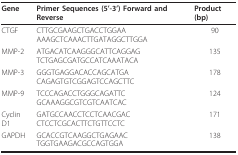
<table><thead><tr><td><b>Gene</b></td><td><b>Primer Sequences (5&#x27;-3&#x27;) Forward and Reverse</b></td><td><b>Product (bp)</b></td></tr></thead><tbody><tr><td>CTGF</td><td>CTTGCGAAGCTGACCTGGAAAAAGCTCAAACTTGATAGGCTTGGA</td><td>90</td></tr><tr><td>MMP-2</td><td>ATGACATCAAGGGCATTCAGGAGTCTGAGCGATGCCATCAAATACA</td><td>135</td></tr><tr><td>MMP-3</td><td>GGGTGAGGACACCAGCATGACAGAGTGTCGGAGTCCAGCTTC</td><td>178</td></tr><tr><td>MMP-9</td><td>TCCCAGACCTGGGCAGATTCGCAAAGGCGTCGTCAATCAC</td><td>124</td></tr><tr><td>Cyclin D1</td><td>GATGCCAACCTCCTCAACGACCTCCTCGCACTTCTGTTCCTC</td><td>171</td></tr><tr><td>GAPDH</td><td>GCACCGTCAAGGCTGAGAACTGGTGAAGACGCCAGTGGA</td><td>138</td></tr></tbody></table>